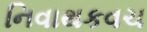
નિવાથકવચ